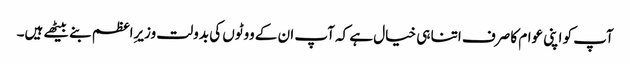
آپ کو اپنی عوام کا صرف اتنا ہی خیال ہے کہ آپ ان کے ووٹوں کی بدولت وزیرِاعظم بنے بیٹھے ہیں۔